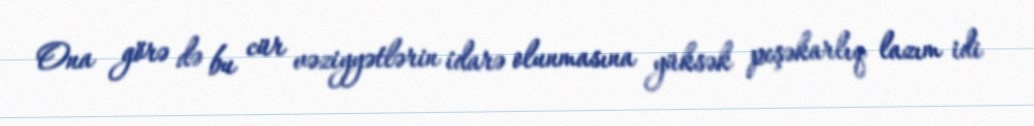
Ona görə də bu cür vəziyyətlərin idarə olunmasına yüksək peşəkarlıq lazım idi